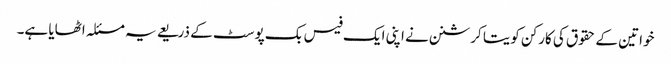
خواتین کے حقوق کی کارکن کویتا کرشنن نے اپنی ایک فیس بک پوسٹ کے ذریعے یہ مسئلہ اٹھایا ہے۔